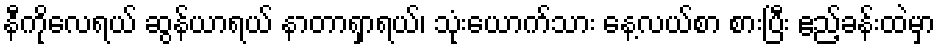
နီကိုလေရယ် ဆွန်ယာရယ် နာတာရှာရယ်၊ သုံးယောက်သား နေ့လယ်စာ စားပြီး ဧည့်ခန်းထဲမှာ